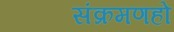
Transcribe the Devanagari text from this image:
संक्रमणहो